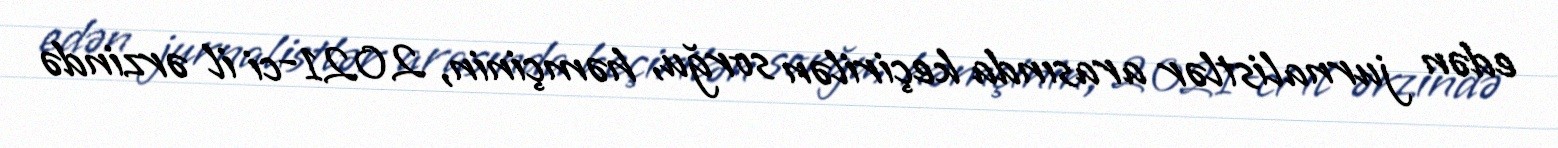
edən jurnalistlər arasında keçirilən sorğu, həmçinin, 2021-ci il ərzində